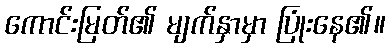
ကောင်းမြတ်၏ မျက်နှာမှာ ပြုံးနေ၏။